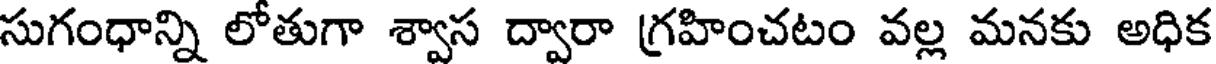
సుగంధాన్ని లోతుగా శ్వాస ద్వారా గ్రహించటం వల్ల మనకు అధిక